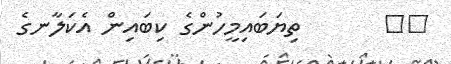
٣٧       ތިޔަބައިމީހުންގެ ކިބައިން އެކަލާނގެ